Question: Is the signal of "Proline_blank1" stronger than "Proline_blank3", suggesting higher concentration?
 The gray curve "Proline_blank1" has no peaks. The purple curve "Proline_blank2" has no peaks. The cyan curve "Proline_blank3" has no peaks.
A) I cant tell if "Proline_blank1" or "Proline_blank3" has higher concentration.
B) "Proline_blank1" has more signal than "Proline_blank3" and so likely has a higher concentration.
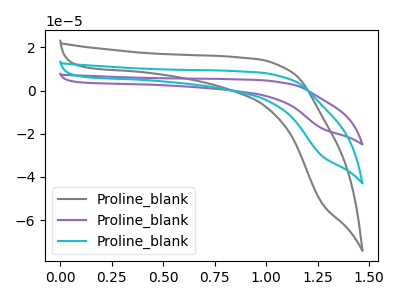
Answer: <think>Neither "Proline_blank1" or "Proline_blank3" have any peaks.
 </think>
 <answer>A) I cant tell if "Proline_blank1" or "Proline_blank3" has higher concentration.</answer>
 <eval>A</eval>